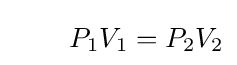
\qquad P_{1}V_{1}=P_{2}V_{2}